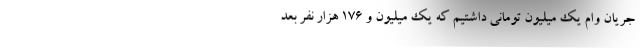
جریان وام یک میلیون تومانی داشتیم که یک میلیون و ۱۷۶ هزار نفر بعد